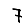
Digit: 7